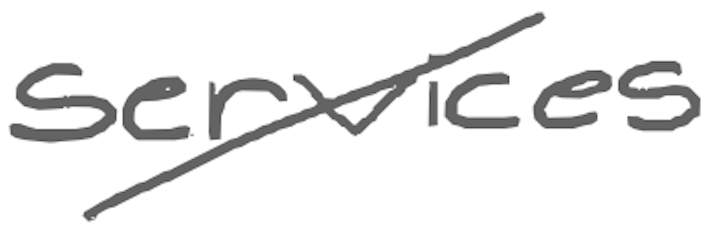
Text: services
Cross-out: diagonal
Writing tool: digital_gray